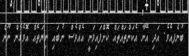
ބުނެފއެވެ. އަދި އޭނާ އެކަންތައްތައް ކޮށްފައިވަނީ އެއްވެސް ނުބައި ނިޔަތެއް އޮވެގެން ނޫން